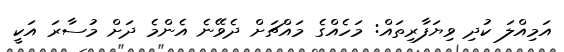
އަމިއްލަ ކުދި ވިޔަފާރިތައް: މަހެއްގެ މައްޗަށް ދެވޭނެ އެންމެ ދަށް މުސާރަ އަކީ